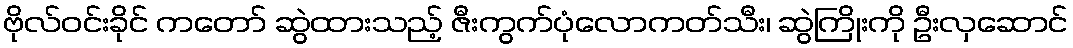
ဗိုလ်ဝင်းခိုင် ကတော် ဆွဲထားသည့် ဇီးကွက်ပုံလောကတ်သီး၊ ဆွဲကြိုးကို ဦးလှဆောင်